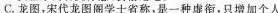
C.龙图，宋代龙图阁学士省称，是一种虚衔，只增加个人